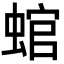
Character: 䗆